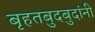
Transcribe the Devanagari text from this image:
बृहतबुदबुदांनी